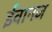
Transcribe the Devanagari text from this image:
ईवानज